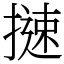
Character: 𢳪